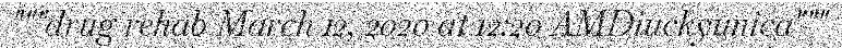
"""drug rehab March 12, 2020 at 12:20 AMDiuckyunica"""